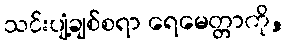
သင်းပျံ့ချစ်စရာ ရေမေတ္တာကို,